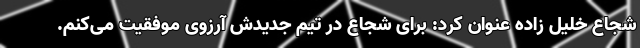
شجاع خلیل زاده عنوان کرد: برای شجاع در تیم جدیدش آرزوی موفقیت می‌کنم.